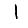
Digit: 1